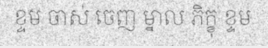
ខ្ទម ចាស់ ចេញ ម្នាល ភិក្ខុ ខ្ទម